Vaccine operations Central Provinces & Berar 1912-1920 - 1912-1920
Year: 1912
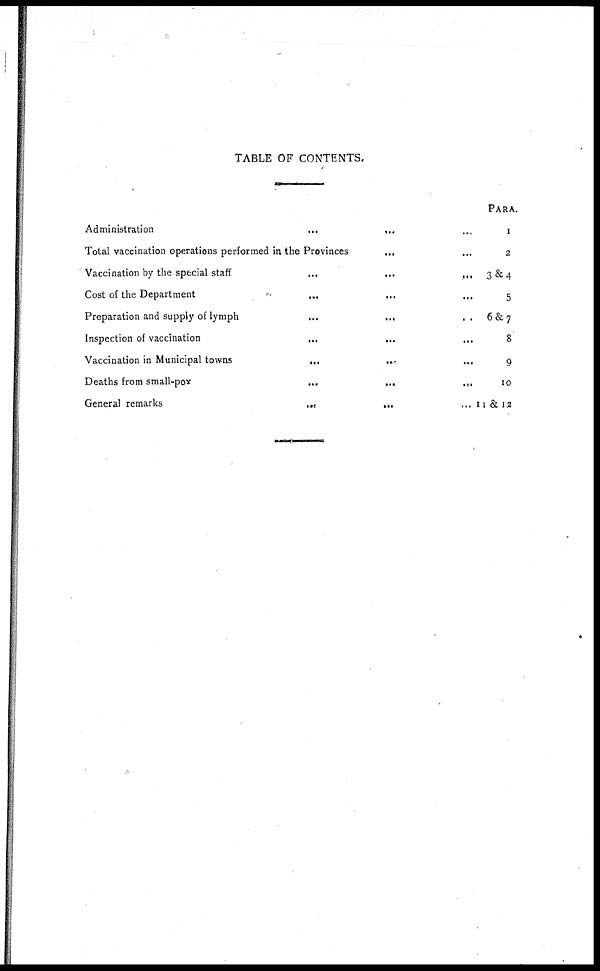
TABLE OF CONTENTS.
Administration
...
...
Total vaccination operations performed in the Provinces
... ...
Vaccination by the special staff
...
...
...
Cost of the Department ... ... ...
Preparation and supply of lymph
...
... ...
Inspection of vaccination
...
... ...
Vaccination in Municipal towns
...
...
...
Deaths from small-pox
...
...
...
General remarks
...
...
...
PARA.
1
2
3&4
5
6&7
8
9
10
11& 12